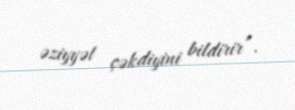
əziyyət çəkdiyini bildirir”.